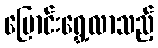
ပြောင်းရွှေ့လာသည့်